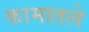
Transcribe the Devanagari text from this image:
कामातले